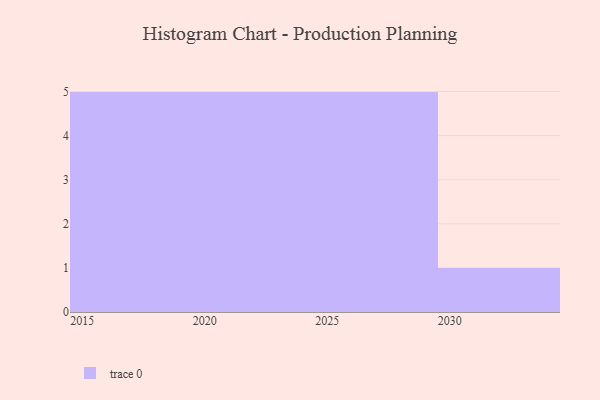
{"axis": {"x": "Year", "y": "Waste Production (Tons)"}, "legend": [""], "data": [{"x": "2016", "y": 48, "type": ""}, {"x": "2026", "y": 12, "type": ""}, {"x": "2018", "y": 79, "type": ""}, {"x": "2015", "y": 24, "type": ""}, {"x": "2024", "y": 79, "type": ""}, {"x": "2023", "y": 38, "type": ""}, {"x": "2030", "y": 33, "type": ""}, {"x": "2025", "y": 60, "type": ""}, {"x": "2027", "y": 32, "type": ""}, {"x": "2022", "y": 30, "type": ""}, {"x": "2019", "y": 20, "type": ""}, {"x": "2029", "y": 70, "type": ""}, {"x": "2021", "y": 36, "type": ""}, {"x": "2028", "y": 79, "type": ""}, {"x": "2017", "y": 8, "type": ""}, {"x": "2020", "y": 12, "type": ""}]}